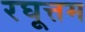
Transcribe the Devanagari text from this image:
रघूत्तम